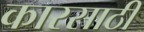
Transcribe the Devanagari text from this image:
कारसाठी